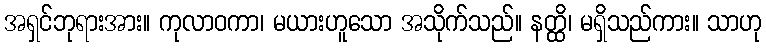
အရှင်ဘုရားအား။ ကုလာဝကာ၊ မယားဟူသော အသိုက်သည်။ နတ္ထိ၊ မရှိသည်ကား။ သာဟု